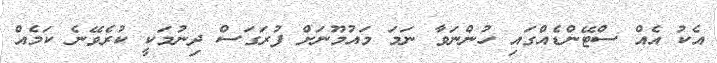
އެކު އެއް ސްޓޭންޑެއްގައި ހުންނަވާ ނަމަ މައުމޫނަށް ފުރަގަސް ދިނުމަކީ ކުރެވޭނެ ކަމެއް